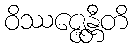
ဝိဿဇ္ဇေန္တီတိ